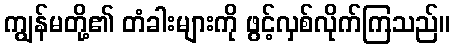
ကျွန်မတို့၏ တံခါးများကို ဖွင့်လှစ်လိုက်ကြသည်။